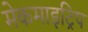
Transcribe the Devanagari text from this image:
मेकमाइट्रिप